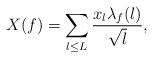
LaTeX: \begin{align*} X(f)=\sum_{l \leq L}\frac{x_l\lambda_f(l)}{\sqrt{l}},\end{align*}